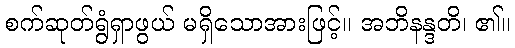
စက်ဆုတ်ရွံရှာဖွယ် မရှိသောအားဖြင့်။ အဘိနန္ဒတိ၊ ၏။